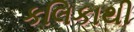
કલિકાથી